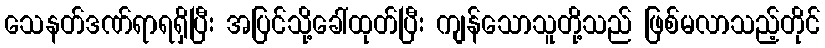
သေနတ်ဒဏ်ရာရရှိပြီး အပြင်သို့ခေါ်ထုတ်ပြီး ကျန်သောသူတို့သည် ဖြစ်မလာသည့်တိုင်